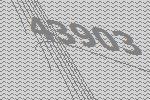
43903